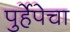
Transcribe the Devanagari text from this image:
पुर्हेपेचा